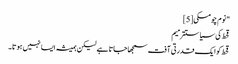
"نوم چومسکی[5]
قحط کی سیاستترمیم
قحط کو ایک قدرتی آفت سمجھا جاتا ہے لیکن ہمیشہ ایسا نہیں ہوتا۔